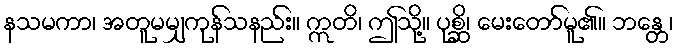
နသမကာ၊ အတူမမျှကုန်သနည်း။ ဣတိ၊ ဤသို့။ ပုစ္ဆိ၊ မေးတော်မူ၏။ ဘန္တေ၊